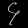
Digit: ၄